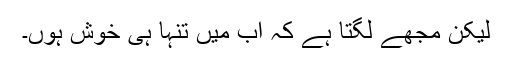
لیکن مجھے لگتا ہے کہ اب میں تنہا ہی خوش ہوں۔